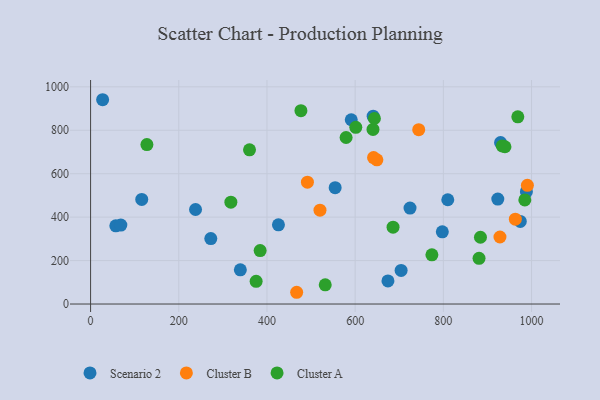
{"axis": {"x": "Price", "y": "Yield"}, "legend": ["Cluster A", "Cluster B", "Scenario 2"], "data": [{"x": "27.3", "y": 940.6, "type": "Scenario 2"}, {"x": "272.6", "y": 301.4, "type": "Scenario 2"}, {"x": "238.0", "y": 435.2, "type": "Scenario 2"}, {"x": "554.6", "y": 535.5, "type": "Scenario 2"}, {"x": "674.3", "y": 106.5, "type": "Scenario 2"}, {"x": "974.4", "y": 380.4, "type": "Scenario 2"}, {"x": "988.3", "y": 517.2, "type": "Scenario 2"}, {"x": "797.6", "y": 332.5, "type": "Scenario 2"}, {"x": "810.0", "y": 480.1, "type": "Scenario 2"}, {"x": "640.8", "y": 864.7, "type": "Scenario 2"}, {"x": "57.2", "y": 360.0, "type": "Scenario 2"}, {"x": "339.6", "y": 157.4, "type": "Scenario 2"}, {"x": "426.0", "y": 364.8, "type": "Scenario 2"}, {"x": "923.4", "y": 483.1, "type": "Scenario 2"}, {"x": "591.1", "y": 848.5, "type": "Scenario 2"}, {"x": "68.6", "y": 363.4, "type": "Scenario 2"}, {"x": "704.2", "y": 154.9, "type": "Scenario 2"}, {"x": "724.4", "y": 441.8, "type": "Scenario 2"}, {"x": "116.0", "y": 481.7, "type": "Scenario 2"}, {"x": "929.7", "y": 743.3, "type": "Scenario 2"}, {"x": "649.2", "y": 663.9, "type": "Cluster B"}, {"x": "963.2", "y": 390.6, "type": "Cluster B"}, {"x": "744.1", "y": 802.6, "type": "Cluster B"}, {"x": "928.3", "y": 308.6, "type": "Cluster B"}, {"x": "990.5", "y": 546.4, "type": "Cluster B"}, {"x": "641.7", "y": 674.3, "type": "Cluster B"}, {"x": "520.2", "y": 432.0, "type": "Cluster B"}, {"x": "491.7", "y": 560.9, "type": "Cluster B"}, {"x": "467.3", "y": 54.1, "type": "Cluster B"}, {"x": "360.4", "y": 710.0, "type": "Cluster A"}, {"x": "601.4", "y": 813.4, "type": "Cluster A"}, {"x": "933.5", "y": 728.1, "type": "Cluster A"}, {"x": "884.1", "y": 307.4, "type": "Cluster A"}, {"x": "477.0", "y": 890.1, "type": "Cluster A"}, {"x": "640.4", "y": 803.7, "type": "Cluster A"}, {"x": "579.4", "y": 766.6, "type": "Cluster A"}, {"x": "774.0", "y": 226.6, "type": "Cluster A"}, {"x": "685.9", "y": 353.8, "type": "Cluster A"}, {"x": "318.1", "y": 469.0, "type": "Cluster A"}, {"x": "375.4", "y": 104.7, "type": "Cluster A"}, {"x": "968.8", "y": 861.8, "type": "Cluster A"}, {"x": "939.7", "y": 724.0, "type": "Cluster A"}, {"x": "127.7", "y": 733.9, "type": "Cluster A"}, {"x": "984.7", "y": 479.4, "type": "Cluster A"}, {"x": "880.9", "y": 210.2, "type": "Cluster A"}, {"x": "532.1", "y": 88.4, "type": "Cluster A"}, {"x": "384.5", "y": 245.9, "type": "Cluster A"}, {"x": "643.6", "y": 854.1, "type": "Cluster A"}]}